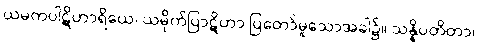
ယမကပါဋိဟာရိယေ၊ ယမိုက်ပြာဋိဟာ ပြတော်မူသောအခါ၌။ သန္နိပတိတာ၊